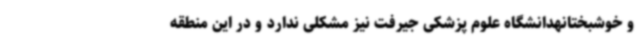
و خوشبختانهدانشگاه علوم پزشکی جیرفت نیز مشکلی ندارد و در این منطقه